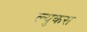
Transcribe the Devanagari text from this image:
ल्युकस